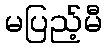
မပြည့်မီ